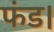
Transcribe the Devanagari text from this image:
फंड।